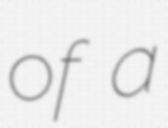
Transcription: of a